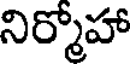
నిర్మోహా